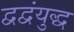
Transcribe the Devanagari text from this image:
द्वद्वंयुद्ध